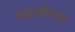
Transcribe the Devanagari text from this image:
स्‍वामीच्‍या